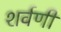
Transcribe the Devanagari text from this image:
शर्वणी